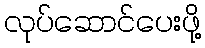
လုပ်ဆောင်ပေးဖို့